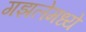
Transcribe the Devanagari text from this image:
गझलेमध्ये